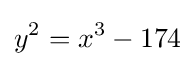
y^{2}=x^{3}-174